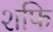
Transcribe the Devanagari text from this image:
शफि